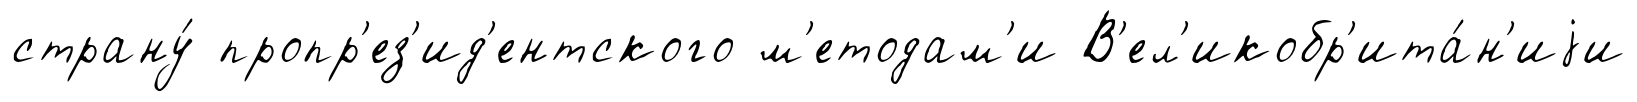
страну́ пропр'ез'ид'ентского м'етодам'и В'ел'икобр'ита́н'иjи